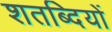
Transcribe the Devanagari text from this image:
शतब्दियों